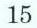
15